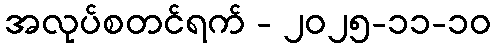
အလုပ်စတင်ရက် - ၂၀၂၅-၁၁-၁၀